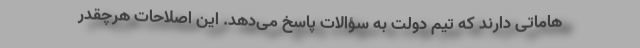
هاماتی دارند که تیم دولت به سؤالات پاسخ می‌دهد. این اصلاحات هرچقدر